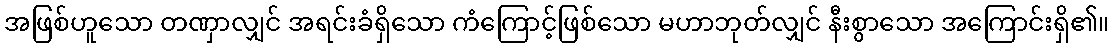
အဖြစ်ဟူသော တဏှာလျှင် အရင်းခံရှိသော ကံကြောင့်ဖြစ်သော မဟာဘုတ်လျှင် နီးစွာသော အကြောင်းရှိ၏။